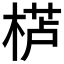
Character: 𱣸